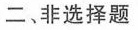
二、非选择题